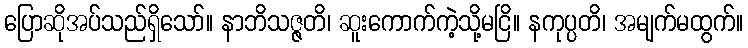
ပြောဆိုအပ်သည်ရှိသော်။ နာဘိသဇ္ဇတိ၊ ဆူးကောက်ကဲ့သို့မငြိ။ နကုပ္ပတိ၊ အမျက်မထွက်။